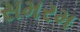
સમરમ